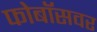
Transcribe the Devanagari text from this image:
फोबॉसवर